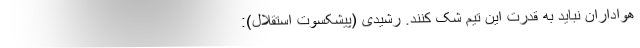
هواداران نباید به قدرت این تیم شک کنند. رشیدی (پیشکسوت استقلال):